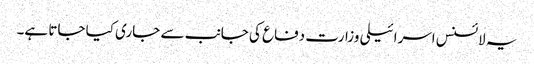
یہ لائسنس اسرائیلی وزارت دفاع کی جانب سے جاری کیا جاتا ہے۔